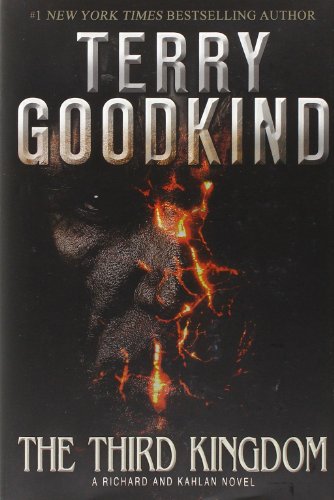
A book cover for The Third Kingdom; Terry Goodkind; Science Fiction & Fantasy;